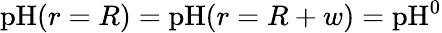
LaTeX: \textrm{pH}(r=R)=\textrm{pH}(r=R+w)=\textrm{pH}^{0}